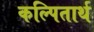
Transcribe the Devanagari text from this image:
कल्पितार्थ